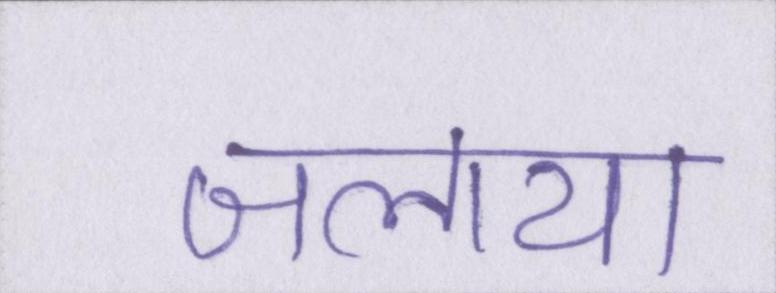
जलाया